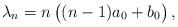
LaTeX: \begin{align*}\lambda _n = n \, \big( (n-1) a_{0} + b_{0} \big) \, ,\end{align*}